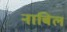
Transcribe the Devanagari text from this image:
नाबिल